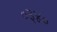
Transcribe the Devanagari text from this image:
०३४०